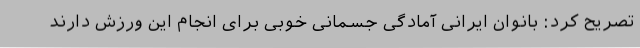
تصریح کرد: بانوان ایرانی آمادگی جسمانی خوبی برای انجام این ورزش دارند